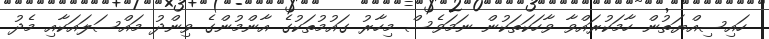
ހައިސިއްޔަތުން ހާމަކުރައްވާ ވާހަކަތަކުން ނަމަވެސް މިހާރު ގައުމުތަކުގެ އާންމުންގެ ވިންދު މައްސަލައަކާއި މެދު